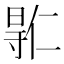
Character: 𫴮